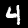
Digit: 4